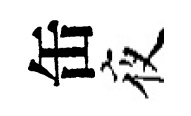
缶夜